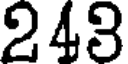
243